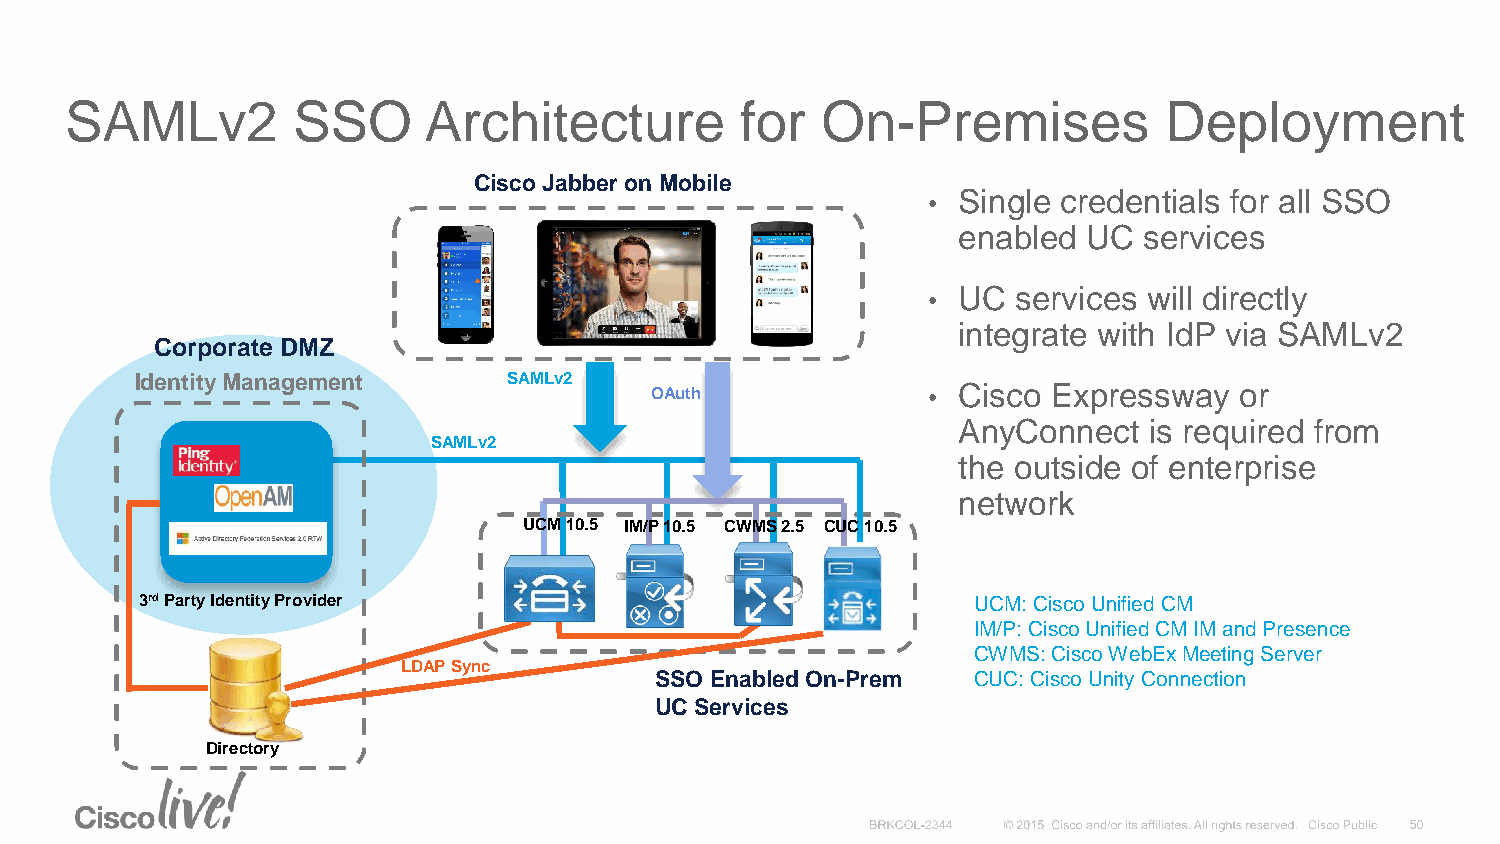
SAMLv2         SSO      Architecture         for  On-Premises            Deployment
 Cisco Jabber on Mobile
 • Single credentials for all SSO
 enabled  UC  services
 • UC  services will directly
 integrate with IdP via SAMLv2
 Corporate DMZ
 Identity Management      SAMLv2
 OAuth             • Cisco  Expressway  or
 AnyConnect   is required from
 SAMLv2
 the outside of enterprise
 network
 UCM 10.5 IM/P 10.5 CWMS 2.5 CUC 10.5
 3rdParty Identity Provider                             UCM: Cisco Unified CM
 IM/P: Cisco Unified CM IM and Presence
 CWMS: Cisco WebEx Meeting Server
 LDAP Sync
 SSO Enabled On-Prem  CUC: Cisco Unity Connection
 UC Services
 Directory